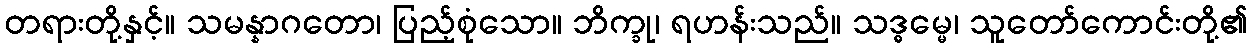
တရားတို့နှင့်။ သမန္နာဂတော၊ ပြည့်စုံသော။ ဘိက္ခု၊ ရဟန်းသည်။ သဒ္ဓမ္မေ၊ သူတော်ကောင်းတို့၏